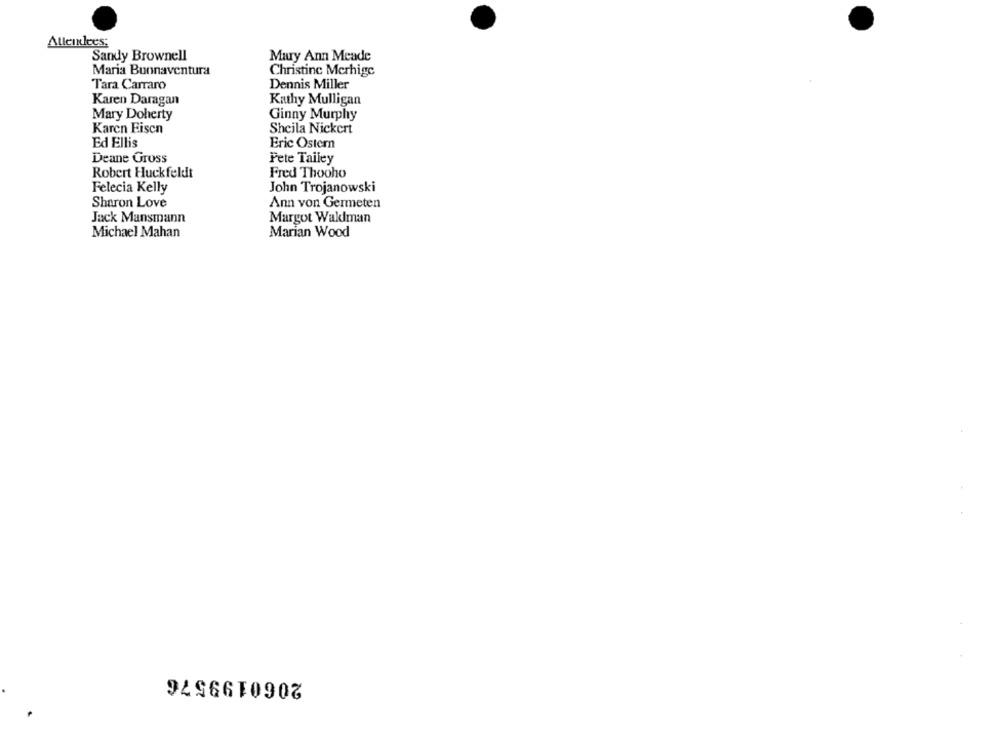
Alleinees:
Sandy Brownell
Mary Ann Meade
Maria Bunnaventura
Christine Merhige
Tara Carraro
Dennis Miller
Karen Daragan
Kathy Mulligan
Mary Doherty
Ginny Murphy
Karen Eisen
Sheila Nickert
Ed Ellis
Eric Ostern
Deane Gross
Pete Tailey
Robert Huckfeldt
Fred Thooho
Felecia Kelly
John Trojanowski
Sharon Love
Ann von Germeten
Jack Mansmann
Margot Wallman
Michael Mahan
Marian Wood
2060199576